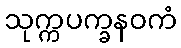
သုက္ကပက္ခနဝကံ